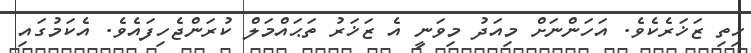
ހިތި ޒަޚަރެކެވެ. އަހަންނަށް މިއަދު މިވަނީ އެ ޒަޚަރު ތަޙައްމަލް ކުރަންޖެހިފައެވެ. އެކަމުގައި